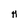
Character: H